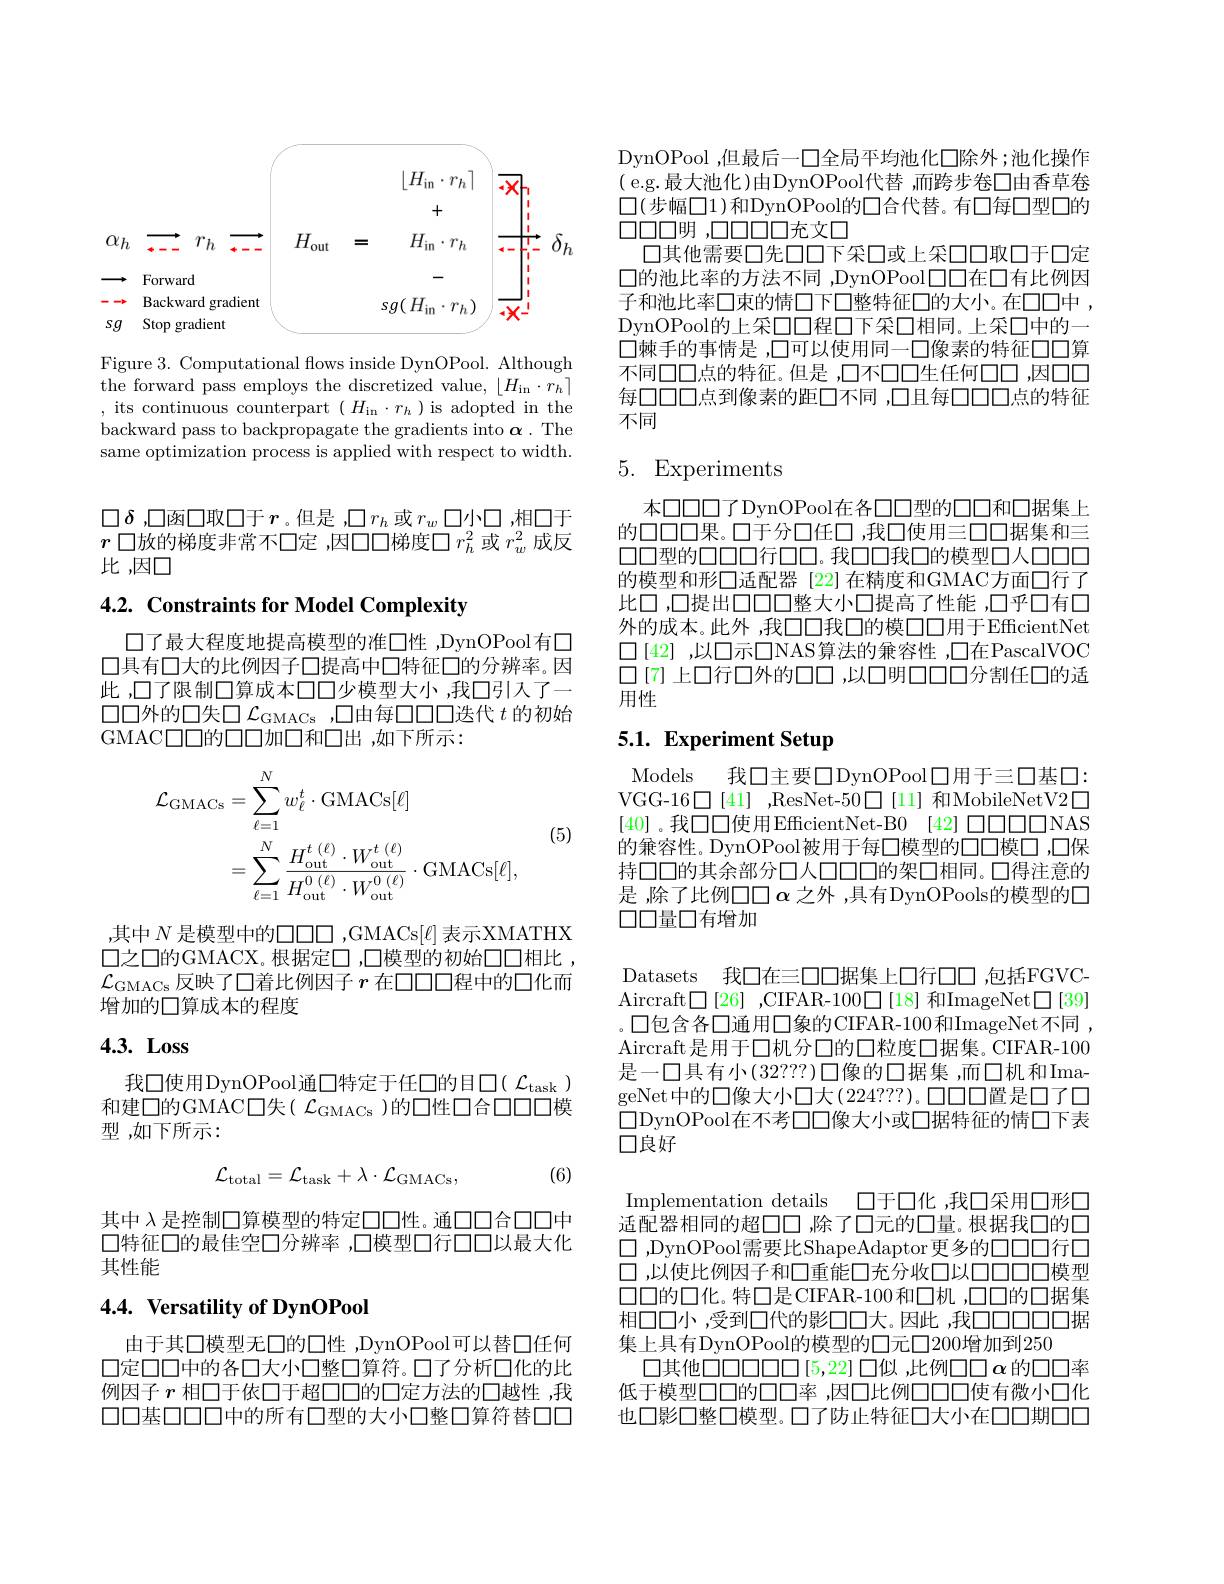
<FigureHere>

Figure 3. Computational flows inside DynOPool. Although the forward pass employs the discretized value, $\left\lfloor H_{\mathrm{in}}\cdot r_{h}\right\rceil$ , its continuous counterpart $(H_{\mathrm{in}}\cdot r_{h})$ is adopted in the backward pass to backpropagate the gradients into $\boldsymbol\alpha.$ The same optimization process is applied with respect to width.

$\square\delta$ ,口函口取口于$r$。但是 ,$\square r_h$或$r_w$口小口，相口于$r$口放的梯度非常不口定 ,因口口梯度口$r_h^2$或$r_w^2$成反比，因口

## $4. 2. \textbf{ Constraints for Model Complexity}$

口了最大程度地提高模型的准口性 ,DynOPool有口口具有口大的比例因子口提高中口特征口的分辨率。因此，口了限制口算成本口口少模型大小，我口引人了一口口外的口失口$\mathcal{L}_\mathrm{GMACs}$ ,口由每口口口迭代$t$的初始GMAC$\square\square$的口口加口和口出，如下所示：
$$\begin{aligned}\mathcal{L}_{\mathrm{GMACs}}&=\sum_{\ell=1}^{N}w_{\ell}^{t}\cdot\mathrm{GMACs}[\ell]\\&=\sum_{\ell=1}^{N}\frac{H_{\mathrm{out}}^{t\:(\ell)}\cdot W_{\mathrm{out}}^{t\:(\ell)}}{H_{\mathrm{out}}^{0\:(\ell)}\cdot W_{\mathrm{out}}^{0\:(\ell)}}\cdot\mathrm{GMACs}[\ell],\end{aligned}$$
(5)

,其中$N$是模型中的口口口，GMACs$[\ell]$表示XMATHX $\square 之\square 的GMACX$。根据定口 ,口模型的初始口口相比 , $\mathcal{L}_{\mathrm{GMACs}}$反映了口着比例因子 $r$ 在口口口程中的口化而增加的口算成本的程度

## $4. 3. \textbf{ Loss}$

我口使用DynOPool通口特定于任口的目$\square(\mathcal{L}_\mathrm{task})$ 和建口的GMAC口失( $\mathcal{L}_\mathrm{GMACs}$)的口性口合口口口模型，如下所示：

(6)
$$\mathcal{L}_{\mathrm{total}}=\mathcal{L}_{\mathrm{task}}+\lambda\cdot\mathcal{L}_{\mathrm{GMACs}},$$
其中$\lambda$是控制口算模型的特定口口性。通口口合口口中口特征口的最佳空口分辨率 ,口模型口行口口以最大化其性能

## $4. 4. \textbf{Versatility of DynOPool}$

由于其口模型无口的口性 ,DynOPool可以替口任何口定口口中的各口大小口整口算符。口了分析口化的此例因子$r$相口于依口于超口口的口定方法的口越性，我口口基口口口中的所有口型的大小口整口算符替口口

DynOPool ,但最后一口全局平均池化口除外；池化操作( e.g.最大池化)由DynOPool代替 ,而跨步卷口由香草卷$\square(步幅口1)和DynOPool的\square 合代替。有口每口型口的$ $\square\square\square\square$明 ,口口口口口充文口
口其他需要口先口口下采口或上采口口取口于口定$\square$的池比率的方法不同 ,DynOPool口口在口有比例因子和池比率口束的情口下口整特征口的大小。在口口中， DynOPool的上采口口程口下采口相同。上采口中的一口棘手的事情是 ,口可以使用同一口像素的特征口口算不同口口点的特征。但是 ,口不口口生任何口口，因口口每口口口点到像素的距口不同 ,口且每口口口点的特征不同

# 5. Experiments

本口口口了DynOPool在各口口型的口口和口据集上的口口口果。口于分口任口，我口使用三口口据集和三口口型的口口口行口口。我口口我口的模型口人口口口的模型和形口适配器[22]在精度和GMAC方面口行了比口 ,口提出口口口整大小口提高了性能 ,口乎口有口外的成本。此外，我口口我口的模口口用于EfficientNet $\square[42]$ ,以口示口NAS算法的兼容性 ,口在PascalVOC 口[7] 上口行口外的口口，以口明口口口分割任口的适用性

## 5.1. Experiment Setup

Models 我口主要口DynOPool口用于三口基口： VGG-16$\square$[41],ResNet-50$\square$[11] 和MobileNetV2$\square$ [40] 。我口口使用EfficientNet-B0 [42] 口口口口NAS 的兼容性。DynOPool被用于每口模型的口口模口，口保持口口的其余部分口人口口口口的架口相同。口得注意的是，除了比例口口$\alpha$之外 ,具有DynOPools的模型的口$\square\square\square$量口有增加

Datasets 我口在三口口据集上口行口口，包括FGVC Aircraft$\square[26]$ ,CIFAR-100$\square[18]$和ImageNet$\square[39]$ 。口包含各□通用囗象的CIFAR-100和ImageNet不同， Aircraft是用于口机分口的口粒度口据集。CIFAR-100是一口具有小(32???)口像的口据集，而口机和ImageNet 中的口像大小口大(224???)。口口口置是口了口$\square$DynOPool在不考口口像大小或口据特征的情口下表口良好

Implementation details 口于口化 ,我口采用口形口适配器相同的超口口，除了口元的口量。根据我口的口$\square$,DynOPool需要比ShapeAdaptor更多的口口口行口口 ,以使比例因子和□重能口充分收口以口口口口模型$\square\square 的\square 化。特□是CIFAR-100和□机，\square\square 的口据集$ 相口口小，受到口代的影口口大。因此 ,我口口口口口据集上具有DynOPool的模型的口元口200增加到250
口其他口口口口口[5,22]口似，此例口口$\alpha$的口口率低于模型口口的口口率 ,因口比例口口口使有微小口化也口影口整口模型。口了防止特征口大小在口口期口口